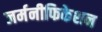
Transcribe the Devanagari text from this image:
जर्मनीफिकेशन